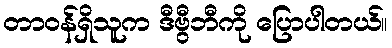
တာဝန်ရှိသူက ဒီဗွီဘီကို ပြောပါတယ်။